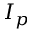
I _ { p }